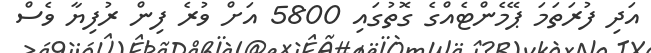
އަދި ފުރަތަމަ ޕޭމެންޓެއްގެ ގޮތުގައި 5800 އަށް ވުރެ ފިން ރުފިޔާ ވެސް